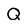
Character: Q